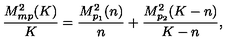
\frac { M _ { m p } ^ { 2 } ( K ) } { K } = \frac { M _ { p _ { 1 } } ^ { 2 } ( n ) } { n } + \frac { M _ { p _ { 2 } } ^ { 2 } ( K - n ) } { K - n } ,